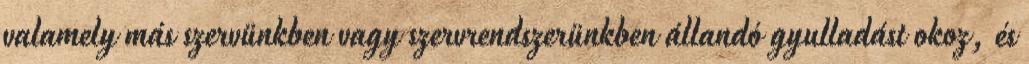
valamely más szervünkben vagy szervrendszerünkben állandó gyulladást okoz, és